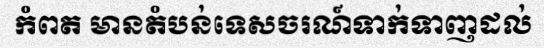
កំពត មានតំបន់ទេសចរណ៍ទាក់ទាញដល់